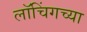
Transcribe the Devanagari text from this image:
लॉचिंगच्या